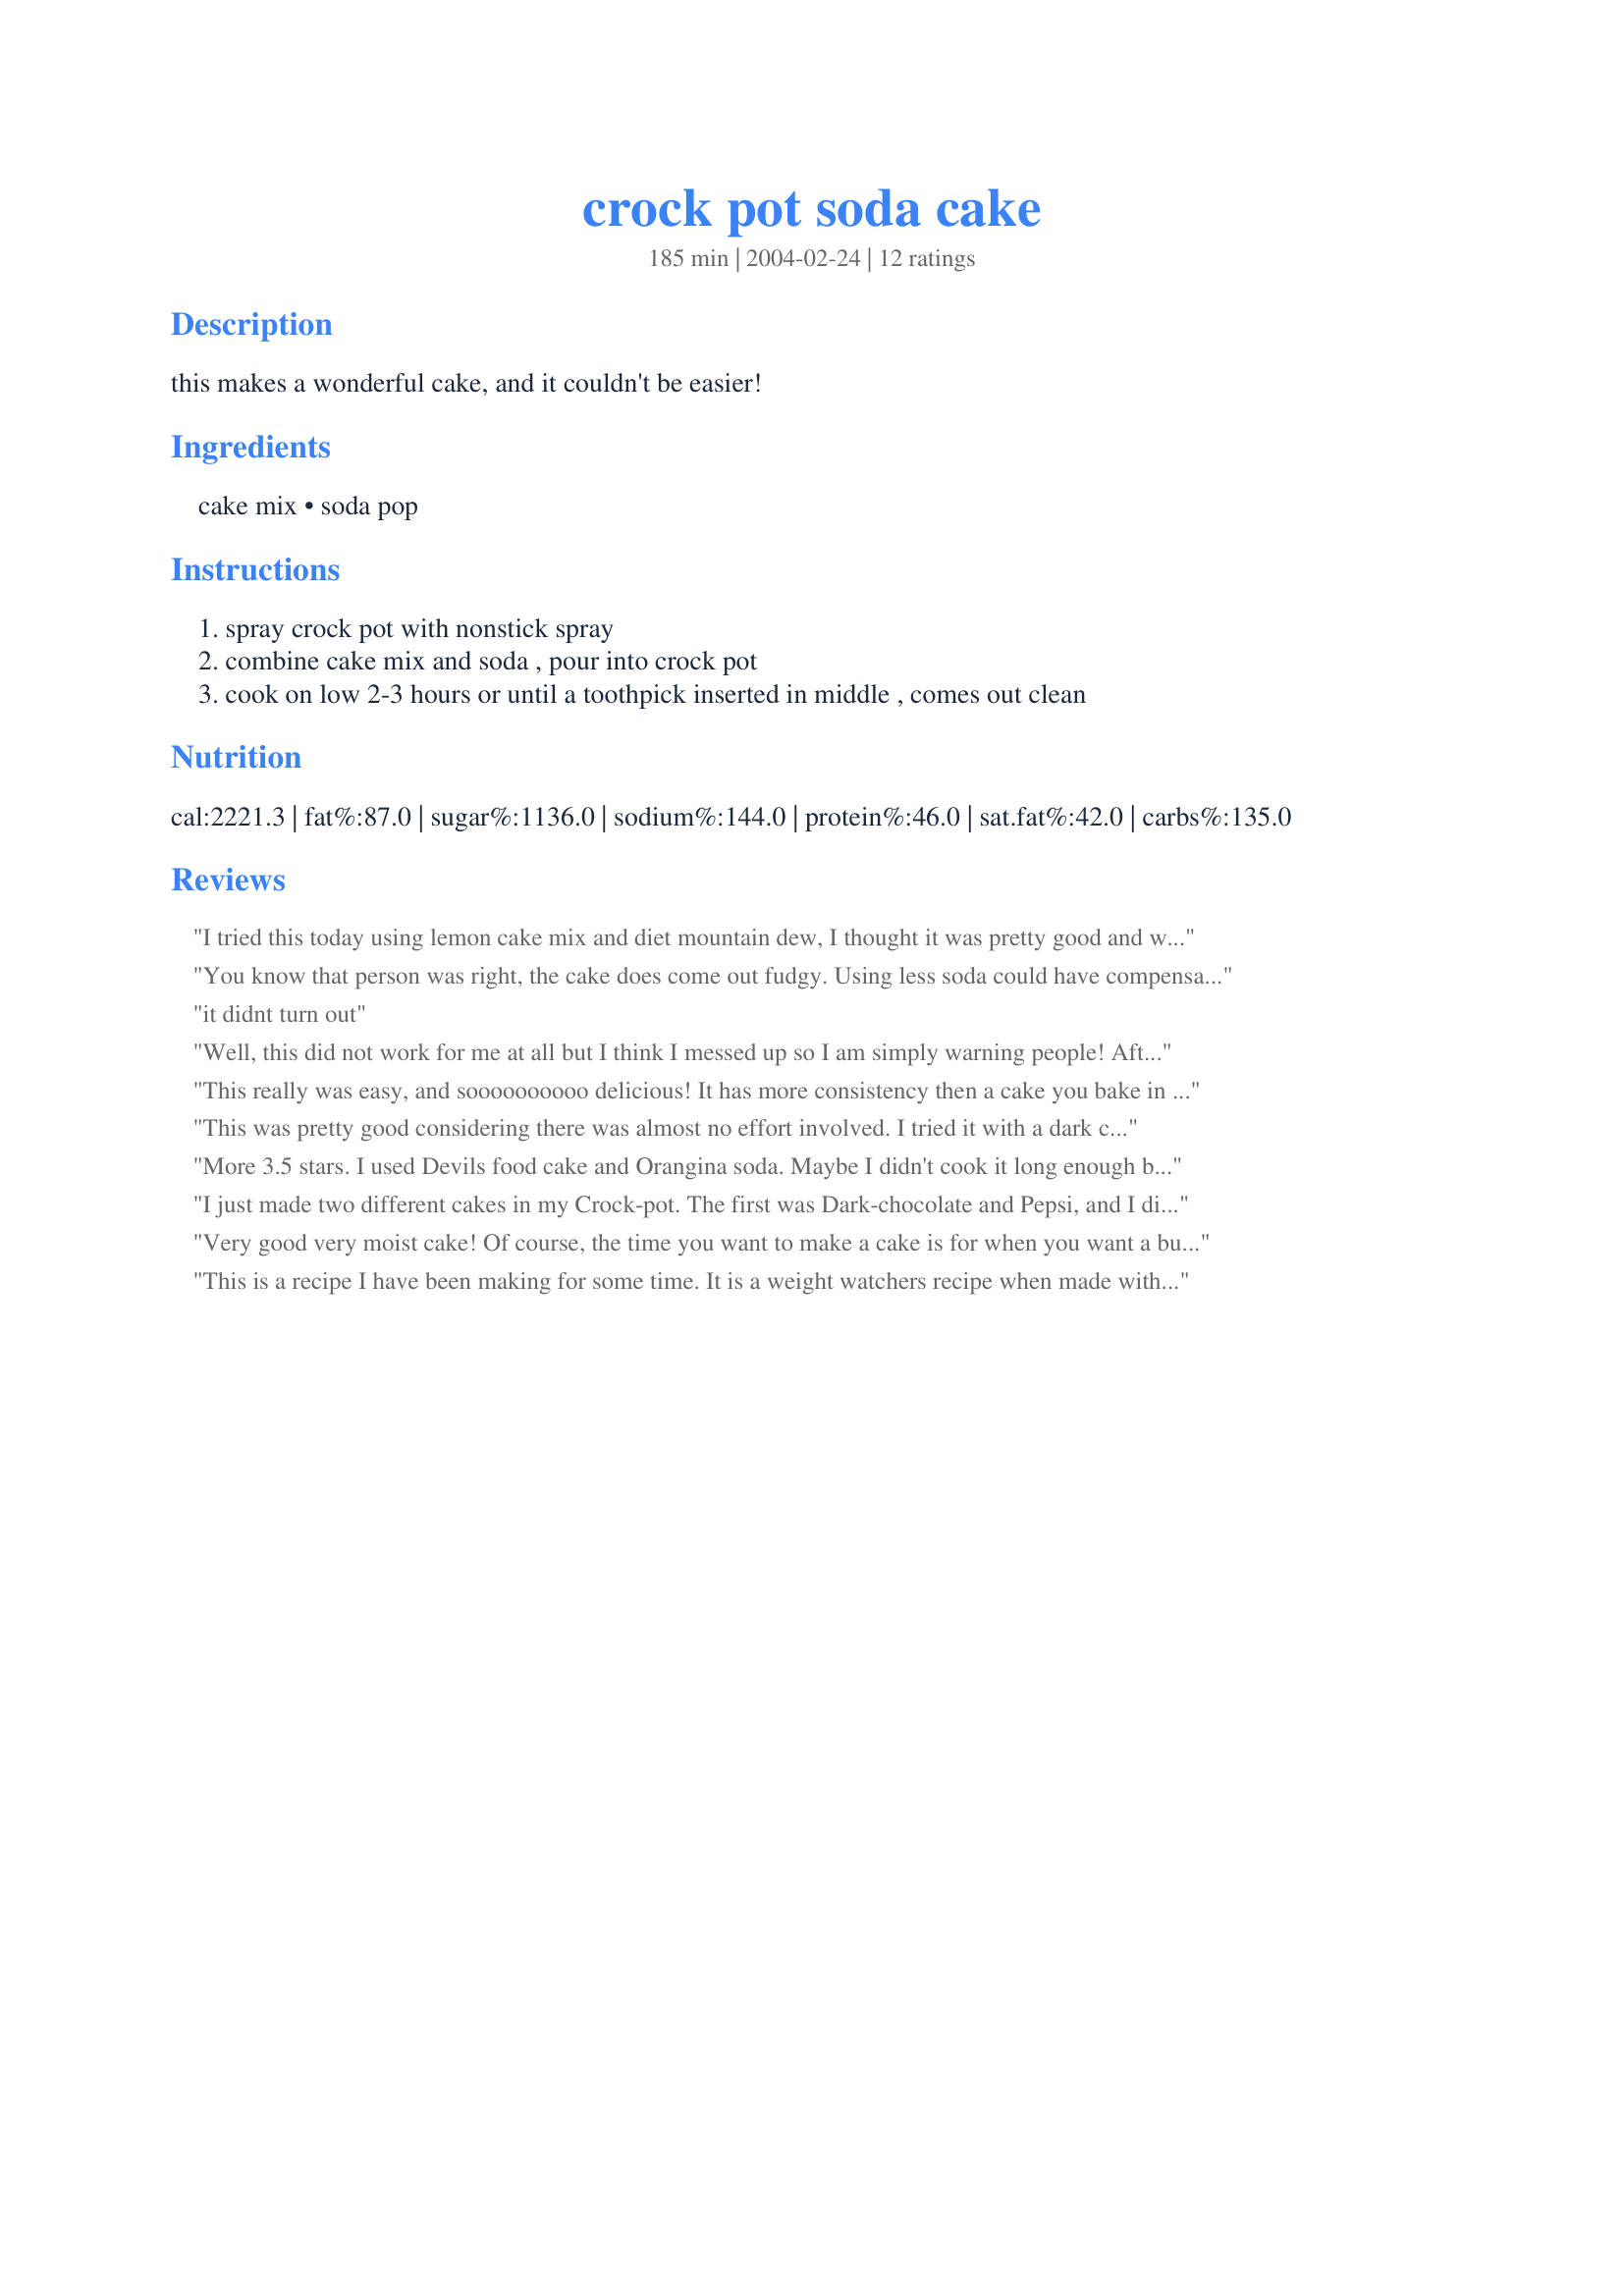
crock pot soda cake
Preparation time: 185 minutes

this makes a wonderful cake, and it couldn't be easier!

Ingredients:
cake mix, soda pop

Steps:
spray crock pot with nonstick spray, combine cake mix and soda , pour into crock pot, cook on low 2-3 hours or until a toothpick inserted in middle , comes out clean

Reviews:
I tried this today using lemon cake mix and diet mountain dew, I thought it was pretty good and will definetly satisfy your sweet tooth if your on a diet, I added a spoonful of frozen vanilla yogurt to top it off.
You know that person was right, the cake does come out fudgy. Using less soda could have compensated for this and made the cake more solid. Also they were correct about the condensation on the lid, the water from the soda steams and collects on the lid, and then drips back into cake. That&#039;s why it&#039;s important to remove that excess moisture. Additionally my cake fell apart instantly too, just like that other person. I used coca-cola in my cake yet I could hardly taste it. Maybe it was because I made my own cake mix instead of using a pre-made box cake mix. I don&#039;t know if cooking the cake on low for more hours would have done any good because then the surface of the cake would have probably burned. &lt;br/&gt;Thank you for reading this&lt;br/&gt;-Kernel Corn
it didnt turn out
Well, this did not work for me at all but I think I messed up so I am simply warning people! After about 3 hours it had not set up so I turned it to high. Don't do this!! It never fully cooked but burned pretty badly. So don't do what I did! :)
This really was easy, and soooooooooo delicious! It has more consistency then a cake you bake in the oven. I added whipped topping and fruit sauce on top and it was just absolutely great. Everybody loved it!
This was pretty good considering there was almost no effort involved. I tried it with a dark chocolate cake mix and a Pepsi. I served it warm with vanilla ice cream on top. I would make again if I wanted something sweet with minimal effort involved.
More 3.5 stars. I used Devils food cake and Orangina soda. Maybe I didn't cook it long enough but it came out very fudgy. We've been topping with whipped cream, but I'm getting some ice cream for the rest. I will make it again but try less soda. Oh, and line the lid with paper towels to minimize the condensation returning to the cake.
I just made two different cakes in my Crock-pot. The first was Dark-chocolate and Pepsi, and I disliked it very much, but mostly because of the flavoring. I also tried Devil's Food with Red Raspberry Izze Soda. I recommend this one. The Izze Soda has 70% juice and sparkling water making it a healthier and better tasting alternative to sodas full of High Fructose Corn Syrup. This Raspberry Chocolate Cake was great. I cooked it for 3 hours, and it was just about perfect. Very moist and rich.
Very good very moist cake! Of course, the time you want to make a cake is for when you want a bunch of people eating it, and it is not pretty and you cant ice it or anything like that...but it is VERY moist and tastes very good! I used spice cake and diet 7-up.
This is a recipe I have been making for some time. It is a weight watchers recipe when made with diet coke. It can also be cooked in the oven. I can't remember the point value, but I know it is quite low.
It turned out great. I used 2 boxes of banana bread mix and 20 oz of mango fizzy soda. I lined the slow cooker with baking paper and put papervtowel and a tea towel under the lid to catch the condensation..very happy with the result
It's not pretty... so I won't make this for a party or anything. My cake was so moist it fell apart instantly. It did taste really good & I didnt have to use the oven which will be great for summer. I used orange soda & vanilla cake- topped with whipped cream it was sorta creamsicle like =)
